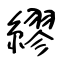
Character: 繆